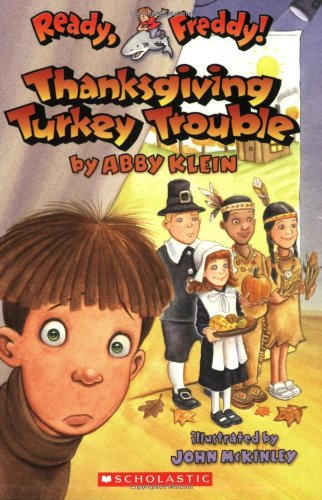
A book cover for Thanksgiving Turkey Trouble (Ready, Freddy! 15); Abby Klein; Children's Books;